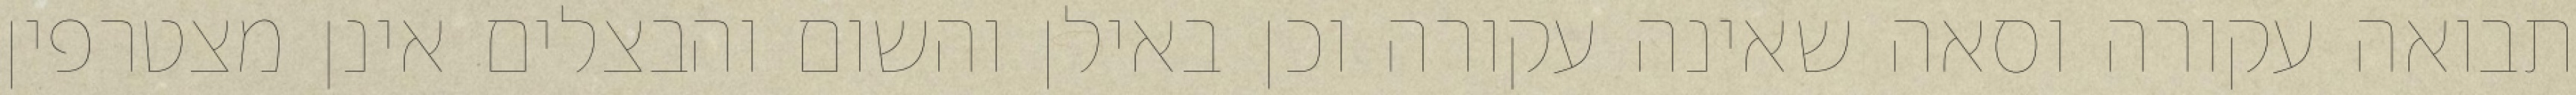
תבואה עקורה וסאה שאינה עקורה וכן באילן והשום והבצלים אינן מצטרפין